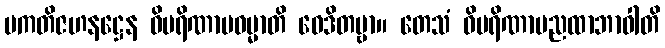
ပကတိဇဟနဋ္ဌေန ဝိပရိဏာမဓမ္မာတိ ဝေဒိတဗ္ဗာ။ တေသံ ဝိပရိဏာမညထာဘာဝါတိ